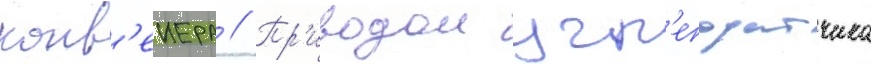
конв'еиера // Пр'иводом угл'еподатчика